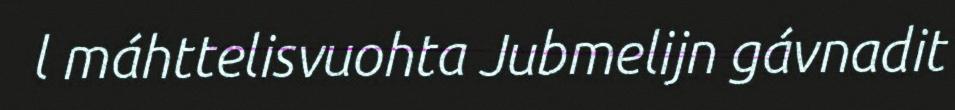
l máhttelisvuohta Jubmelijn gávnadit